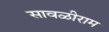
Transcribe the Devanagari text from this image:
सावळीराम